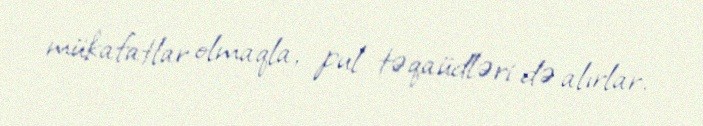
mükafatlar olmaqla, pul təqaüdləri də alırlar.